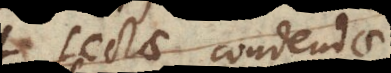
et sectae condend